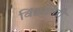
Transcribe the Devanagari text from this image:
विंद्यागिरी